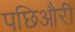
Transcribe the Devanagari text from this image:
पछिऔरी